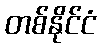
တစ်နိုင်ငံ